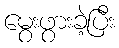
မွေးဖွားခဲ့ပြီး